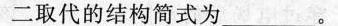
二取代的结构简式为___ 。